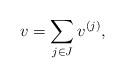
LaTeX: \begin{align*}v = \sum_{j \in J} v^{(j)},\end{align*}